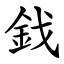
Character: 鈛